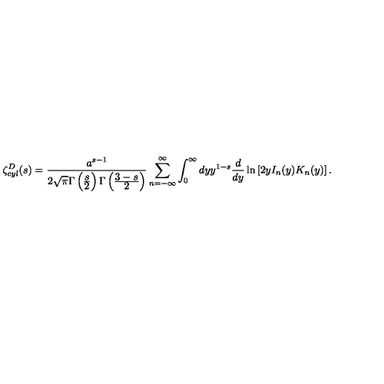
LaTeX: \zeta _ { c y l } ^ { D } ( s ) = \frac { a ^ { s - 1 } } { 2 \sqrt { \pi } \Gamma \left( \frac { \displaystyle s } { \displaystyle 2 } \right) \Gamma \left( \frac { \displaystyle 3 - s } { \displaystyle 2 } \right) } \sum _ { n = - \infty } ^ { \infty } \int _ { 0 } ^ { \infty } d y y ^ { 1 - s } \frac { d } { d y } \ln \left[ 2 y I _ { n } ( y ) K _ { n } ( y ) \right] .